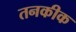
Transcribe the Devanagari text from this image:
तनकीक